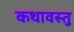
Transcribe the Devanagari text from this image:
कथावस्‍तु